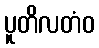
ပူတိလတံဝ